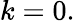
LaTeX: k=0.